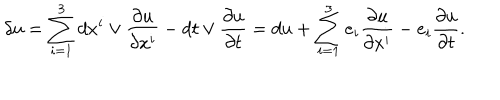
LaTeX: \delta u = \sum _ { i = 1 } ^ { 3 } d x ^ { i } \vee \frac { \partial u } { \partial x ^ { i } } - d t \vee \frac { \partial u } { \partial t } = d u + \sum _ { i = 1 } ^ { 3 } e _ { i } \frac { \partial u } { \partial x ^ { i } } - e _ { i } \frac { \partial u } { \partial t } .